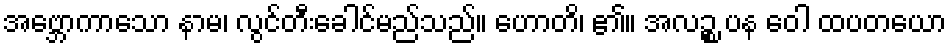
အဗ္ဘောကာသော နာမ၊ လွင်တီးခေါင်မည်သည်။ ဟောတိ၊ ၏။ အလဉ္စ ပန ဝေါ ထပတယော